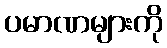
ပမာဏများကို